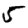
Digit: 5